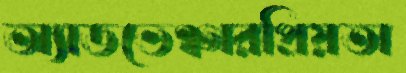
অ্যাডভেঞ্চারপ্রিয়তা